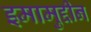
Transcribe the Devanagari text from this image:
इमामुद्दीन